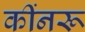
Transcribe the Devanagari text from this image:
कींनरू